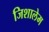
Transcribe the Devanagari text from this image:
जिशालेम